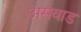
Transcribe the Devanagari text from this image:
असवाड